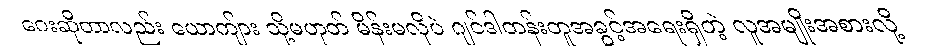
ဂေးဆိုတာလည်း ယောကျ်ား သို့မဟုတ် မိန်းမလိုပဲ ဂျင်ဒါတန်းတူအခွင့်အရေးရှိတဲ့ လူအမျိုးအစားလို့